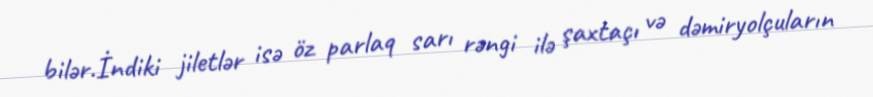
bilər.İndiki jiletlər isə öz parlaq sarı rəngi ilə şaxtaçı və dəmiryolçuların